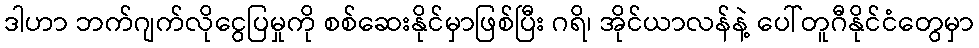
ဒါဟာ ဘက်ဂျက်လိုငွေပြမှုကို စစ်ဆေးနိုင်မှာဖြစ်ပြီး ဂရိ၊ အိုင်ယာလန်နဲ့ ပေါ်တူဂီနိုင်ငံတွေမှာ